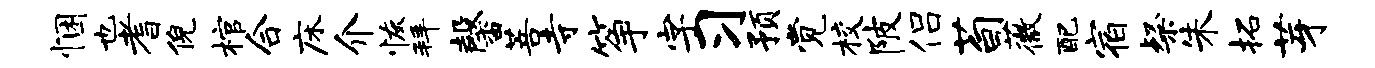
悃也耆倪棺合床介恢拜馨菩寺筝字习预觉校陂侣荀薇配宿粲朱拓芽